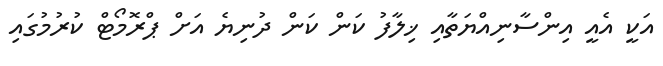
އަކީ އެއީ އިންސާނިއްޔަތާއި ޚިލާފު ކަން ކަން ދުނިޔެ އަށް ޕްރޮމޯޓް ކުރުމުގައި